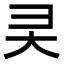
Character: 㚑